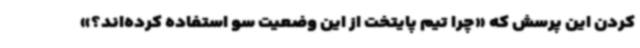
کردن این پرسش که «چرا تیم پایتخت از این وضعیت سو استفاده کرده‌اند؟»